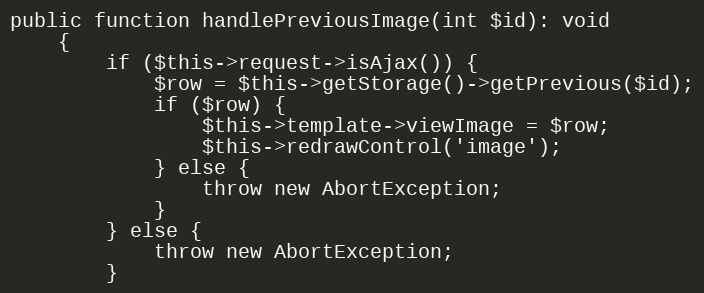
Language: PHP
public function handlePreviousImage(int $id): void
	{
		if ($this->request->isAjax()) {
			$row = $this->getStorage()->getPrevious($id);
			if ($row) {
				$this->template->viewImage = $row;
				$this->redrawControl('image');
			} else {
				throw new AbortException;
			}
		} else {
			throw new AbortException;
		}